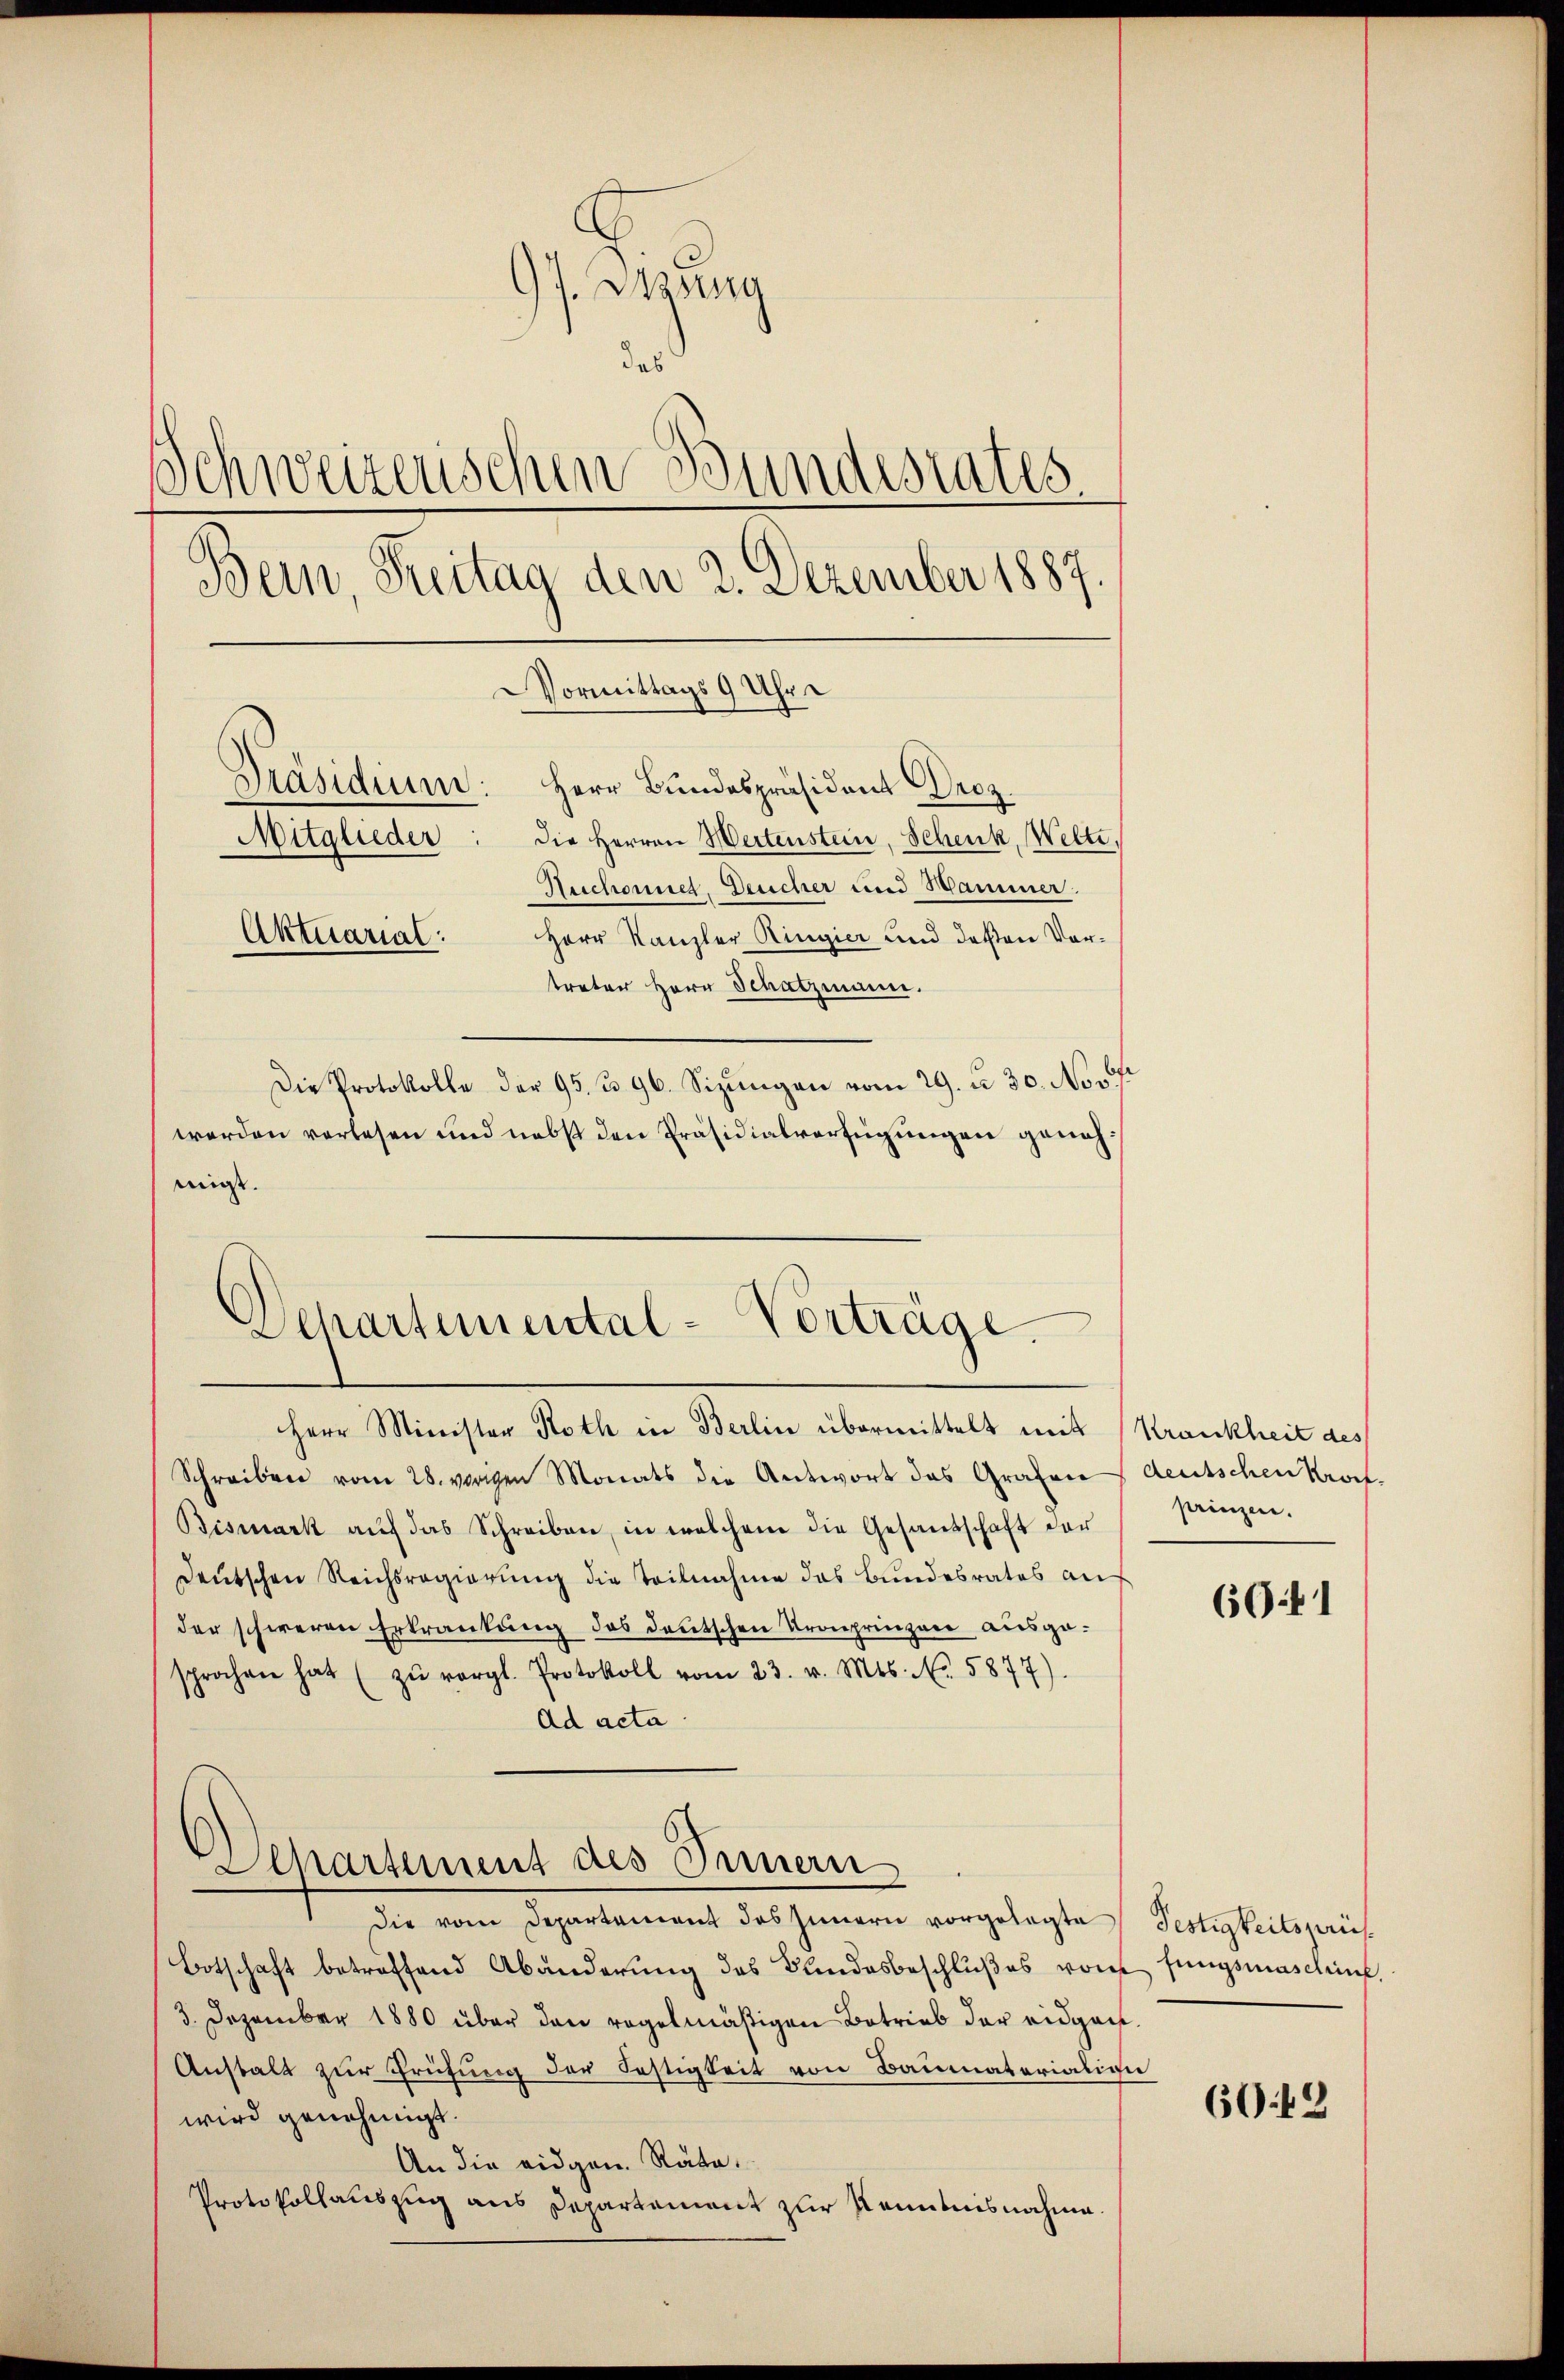
97. Mang
d
Schweizerischen Bundestates
Bern, Reitag den 2. Dezember 1887.
Vormittags 9 Uhre
Präsidium: Herr Bundespräsident Droz.
Mitglieder: die Herren Hertenstein, Schenk, Welti,
Aeschonet. Deucher und Hammer.
Aktuarial.
Herr Kanzler Ringier und deßen Vortreter Herr Schatzmann.
Die Protokolle der 95. 396. Sizungen vom 29. d. 30. No 30st
werden verlesen und nebst den Präsidialverfügungen geneh¬

migt.

Schartemental-Vorträge.

Separtement des Innern

Herr Minister Roth in Berlin übermittelt mit
Schreiben vom 28. vorigen Monats die Antwort das Grafen deutschen Prof.
Bismark aŭf das Schreiben, in welchem die Gesandschaft der
Deutschen Reichsregierung die Teilnahme das Bundesrates auf
der schweren Erkrankung des deutschen Kronprinzen ausgesprochen hat (zŭ vergl. Protokoll vom 23. v. Mts. No. 5877).
Ad acta

Die vom Departement des Innern vorgelegte
Botschaft betreffend Abänderung des Bundesbeschlußes vonf fungsmaschung
3. Dezember 1880 über den regelmäßigen Betrieb der eidgen.
Anstalt zur Prüfung der Bestigkeit von Baumaterialien
wird genehmigt.
An die eidgen. Räte.
Protokollauszug aus Departement zur Kenntnisnahme

Krankheit des
prinzen.

60:41

Testigkeitszeüs¬

69. 42